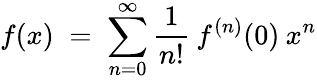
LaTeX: f(x)\; =\; \sum_{n=0}^{\infty}\frac{1}{n!}\: f^{(n)}(0)\: x^{n}